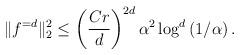
LaTeX: \begin{align*}\|f^{= d}\|_{2}^{2} \leq \left(\frac{Cr}{d}\right)^{2d}\alpha^{2}\log^{d}\left(1/\alpha\right).\end{align*}